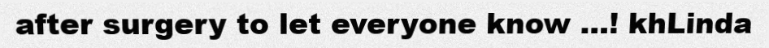
after surgery to let everyone know ...! khLinda